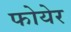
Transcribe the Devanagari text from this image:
फोयेर